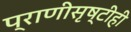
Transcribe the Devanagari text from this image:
प्राणीसृष्टीही